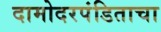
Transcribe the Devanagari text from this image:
दामोदरपंडिताचा